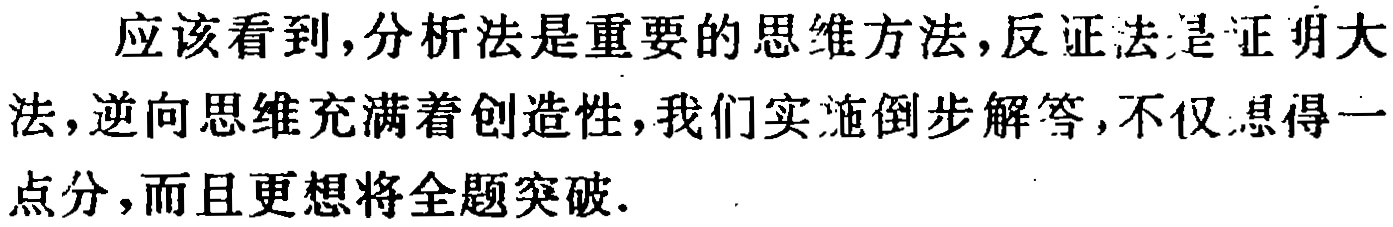
应该看到,分析法是重要的思维方法,反证法是证明大
法,逆向思维充满着创造性,我们实施倒步解答,不仅想得一
点分,而且更想将全题突破.